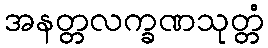
အနတ္တလက္ခဏသုတ္တံ